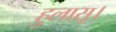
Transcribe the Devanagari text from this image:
हुलासू।